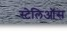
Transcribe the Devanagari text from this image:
स्टेलिऑस